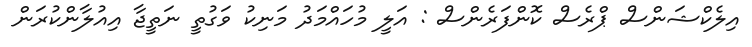
އިލެކްޝަންސް ޕްރެސް ކޮންފަރެންސް : އަލީ މުހައްމަދު މަނިކު ވަގުތީ ނަތީޖާ އިއުލާންކުރަން